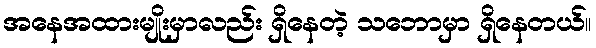
အနေအထားမျိုးမှာလည်း ရှိနေတဲ့ သဘောမှာ ရှိနေတယ်။